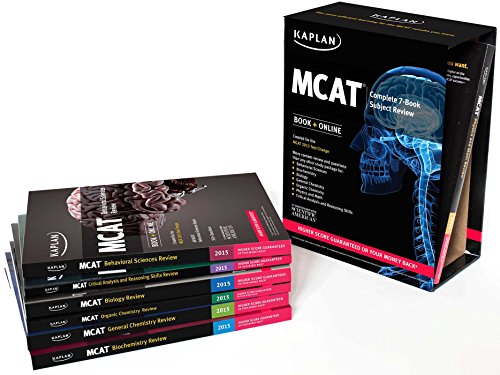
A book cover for Kaplan MCAT Complete 7-Book Subject Review: Created for MCAT 2015 (Kaplan Test Prep); Kaplan; Test Preparation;